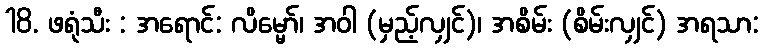
18. ဖရုံသီး : အရောင်: လိမ္မော်၊ အဝါ (မှည့်လျှင်)၊ အစိမ်း (စိမ်းလျှင်) အရသာ: